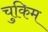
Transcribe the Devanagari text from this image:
चुकिम